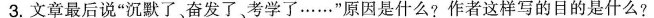
3.文章最后说”沉默了、奋发了、考学了……”原因是什么?作者这样写的目的是什么?